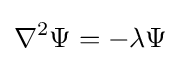
\nabla ^{2}\Psi =-\lambda \Psi